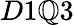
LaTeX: D1\mathbb{Q}3